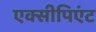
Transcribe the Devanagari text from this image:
एक्सीपिएंट